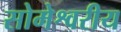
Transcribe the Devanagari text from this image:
सोमेश्वरीय